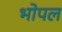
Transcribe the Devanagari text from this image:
भोपल